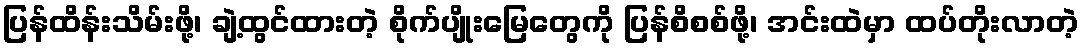
ပြန်ထိန်းသိမ်းဖို့၊ ချဲ့ထွင်ထားတဲ့ စိုက်ပျိုးမြေတွေကို ပြန်စိစစ်ဖို့၊ အင်းထဲမှာ ထပ်တိုးလာတဲ့